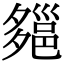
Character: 郺